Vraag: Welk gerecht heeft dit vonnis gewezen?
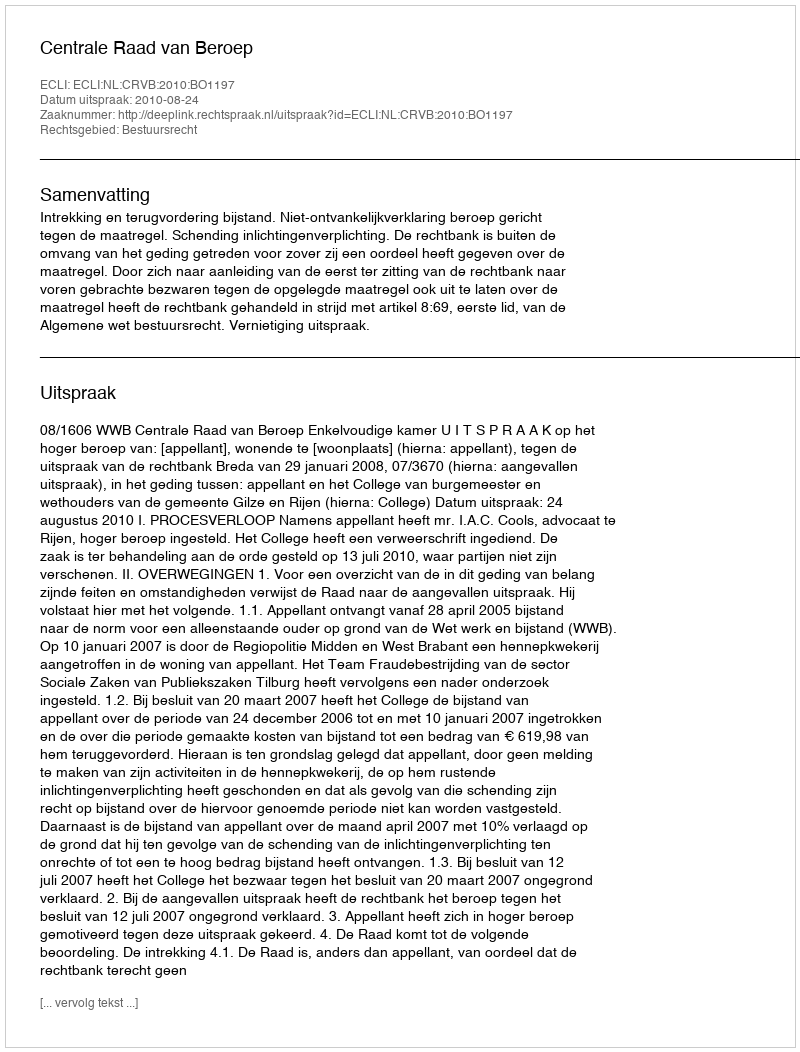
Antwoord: Centrale Raad van Beroep